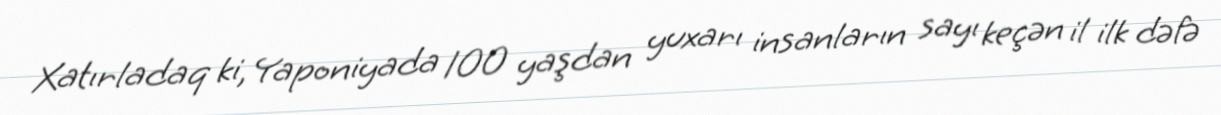
Xatırladaq ki, Yaponiyada 100 yaşdan yuxarı insanların sayı keçən il ilk dəfə